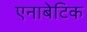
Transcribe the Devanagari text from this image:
एनाबेटिक